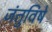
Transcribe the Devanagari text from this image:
जंतुविषे